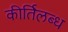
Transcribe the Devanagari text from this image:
कीर्तिलब्ध